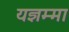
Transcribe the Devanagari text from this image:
यज्ञम्मा